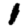
Digit: 1